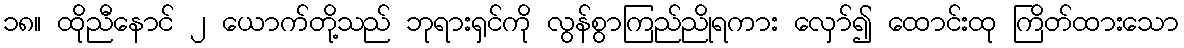
၁၈။ ထိုညီနောင် ၂ ယောက်တို့သည် ဘုရားရှင်ကို လွန်စွာကြည်ညိုရကား လှော်၍ ထောင်းထု ကြိတ်ထားသော